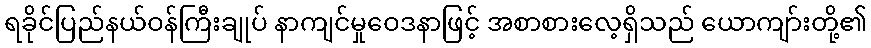
ရခိုင်ပြည်နယ်ဝန်ကြီးချုပ် နာကျင်မှုဝေဒနာဖြင့် အစာစားလေ့ရှိသည် ယောကျာ်းတို့၏